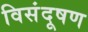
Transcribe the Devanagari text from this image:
विसंदूषण